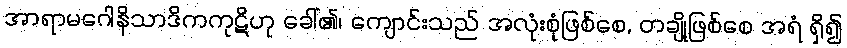
အာရာမဂေါနိသာဒိကကုဋိဟု ခေါ်၏၊ ကျောင်းသည် အလုံးစုံဖြစ်စေ, တချို့ဖြစ်စေ အရံ ရှိ၍